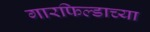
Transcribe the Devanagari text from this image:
गारफिल्डाच्या